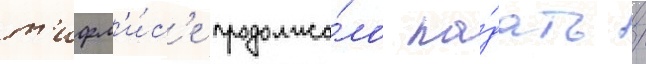
т'ифл'и́с'е продолжа́ло па́дать /